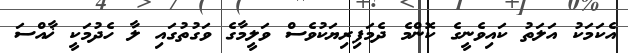
އެކަމަކު އަލަތު ކައިވެނީގެ ކޮންމެ ދެމަފިރިޔަކުވެސް ވަލީމާގެ ވަގުތުގައި ލާ ހެދުމަކީ ޚާއްސަ